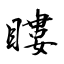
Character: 瞜